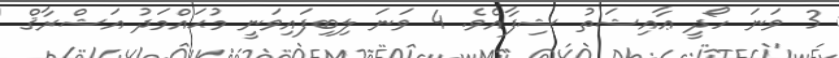
3 ވަނަ ހޯދީ ޢާއިޝަތު ޝިފާއެވެ. 4 ވަަނަ ލިބިފައިވަނީ މުޙައްމަދު އަޝްރާޤް